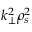
k _ { \perp } ^ { 2 } \rho _ { s } ^ { 2 }